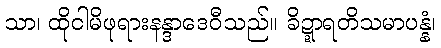
သာ၊ ထိုငါမိဖုရားနန္ဒာဒေဝီသည်။ ခိဍ္ဍာရတိသမာပန္နံ၊